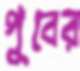
পুবের